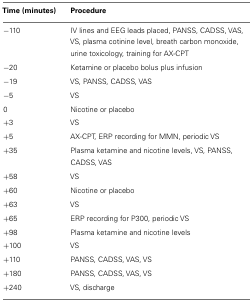
| Time (minutes) | Procedure |
 | --- | --- |
 | −110 | IV lines and EEG leads placed, PANSS, CADSS, VAS, VS, plasma cotinine level, breath carbon monoxide, urine toxicology, training for AX-CPT |
 | −20 | Ketamine or placebo bolus plus infusion |
 | −19 | VS, PANSS, CADSS, VAS |
 | −5 | VS |
 | 0 | Nicotine or placebo |
 | +3 | VS |
 | +5 | AX-CPT, ERP recording for MMN, periodic VS |
 | +35 | Plasma ketamine and nicotine levels, VS, PANSS, CADSS, VAS |
 | +58 | VS |
 | +60 | Nicotine or placebo |
 | +63 | VS |
 | +65 | ERP recording for P300, periodic VS |
 | +98 | Plasma ketamine and nicotine levels |
 | +100 | VS |
 | +110 | PANSS, CADSS, VAS, VS |
 | +180 | PANSS, CADSS, VAS, VS |
 | +240 | VS, discharge |